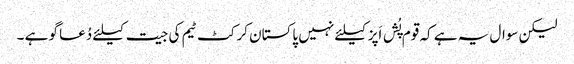
لیکن سوال یہ ہے کہ قوم پُش اَپز کیلئے نہیں پاکستان کرکٹ ٹیم کی جیت کیلئے دُعا گو ہے ۔